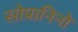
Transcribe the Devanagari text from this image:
सोप्रानिनो